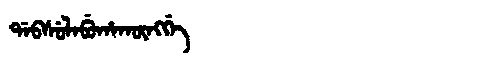
Manchu: ᡩᠠᠪᠰᡠᠯᠠᠪᡠᡥᠠᡴᡡᠩᡤᡝ
Romanization: DABSULABUHAKŪNGGE